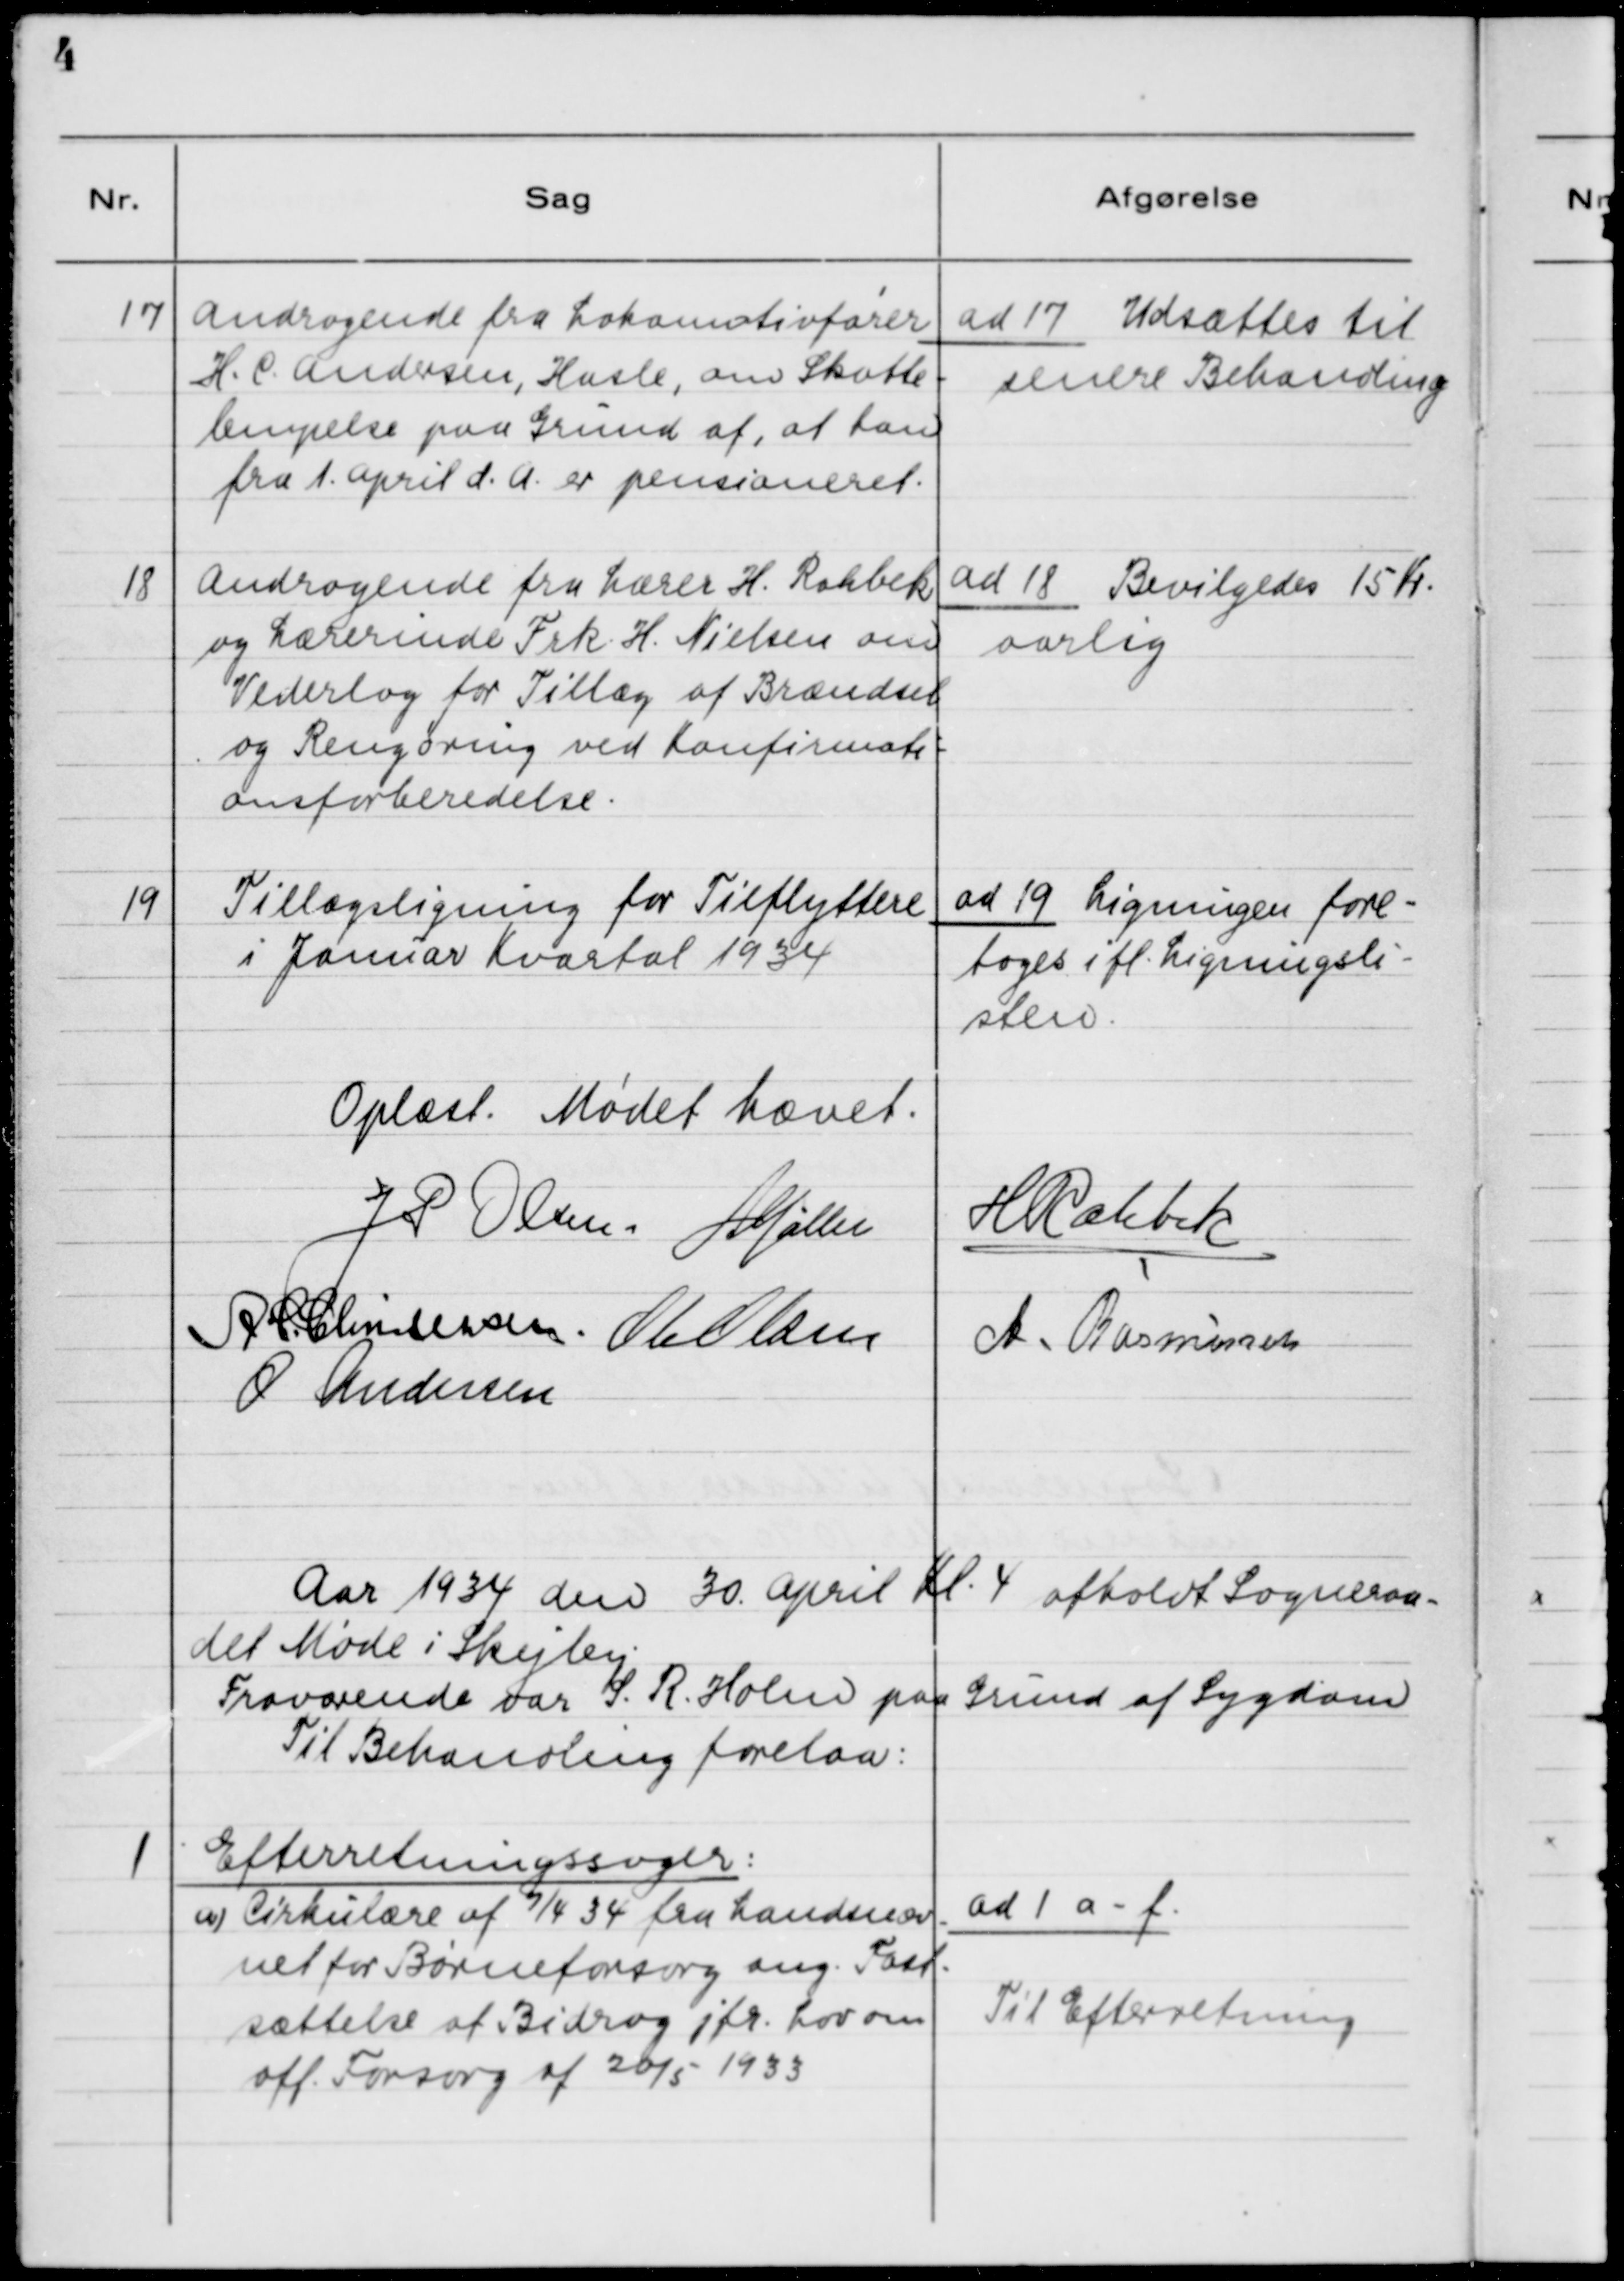
Transskription:
17

Andragende fra Lokomotivfører
H. C. Andersen, Hasle, om Skatte-
lempelse paa Grund af, at han
fra 1. April d.A. er pensioneret.

ad 17. Udsættes til
senere Behandling

18

Andragende fra Lærer H. Rahbæk
og Lærerinde Frk. H. Nielsen om
Vederlag for Tillæg af Brændsel
og Rengøring ved Konfirmati-
onsforberedelse.

ad 18. Bevilges 15 Kr.
aarlig.

19

Tillægsligning for Tilflyttere
i Januar Kvartal 1934

ad 19. Ligning fore-
toges ifl. Ligningsli-
sten.

Oplæst. Mødet hævet.

Aar 1934 den 30. April Kl. 4 afholdt Sogneraa-
det Møde i Skejby.
Fraværende var: S. R. Holm paa Grund af Sygdom.
Til Behandling forelaa:

1

Efterretningssager:
a) Cirkulære af 7/4 34 fra Landsnæv-
net for Børneforsorg ang. Fast-
sættelse af Bidrag jfr. Lov om
off. Forsorg af 20/5-1934.

ad 1 a - f.
Til Efterretning